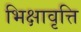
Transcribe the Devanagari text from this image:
भिक्षावृत्ति